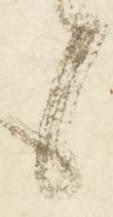
候